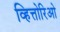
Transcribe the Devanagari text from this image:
व्हित्तोरिओ